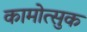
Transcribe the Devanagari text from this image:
कामोत्सुक